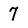
Character: 7